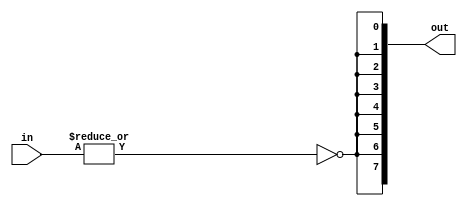
module zero_detect(in, out);
  parameter WIDTH = 8;
  ///
  input [WIDTH-1:0] in;  
  output [WIDTH-1:0] out;  //   ,    
  // local
  wor rez;  //   
  genvar g;
  assign rez = in[0];
  generate for(g = 1; g < WIDTH; g = g+1) begin : adsf  
    assign rez = in[g];
  end  endgenerate
  // out/
  generate for(g = 0; g < WIDTH; g = g+1) begin : adsfjo
    assign out[g] = ~rez;
  end  endgenerate
endmodule